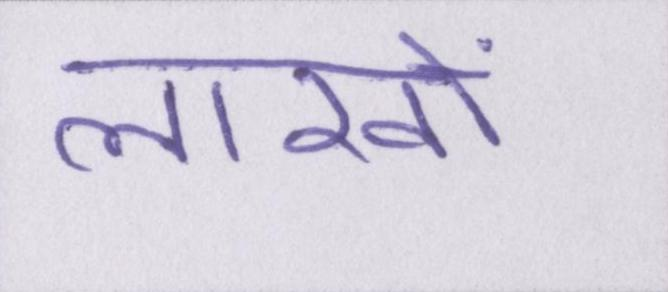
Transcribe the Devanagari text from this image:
लाखों